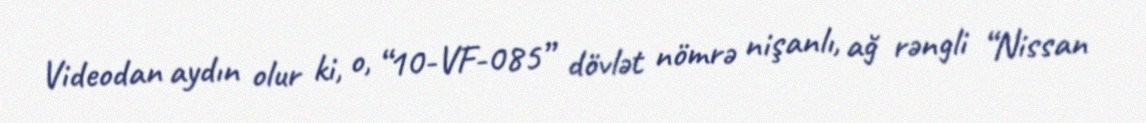
Videodan aydın olur ki, o, “10-VF-085” dövlət nömrə nişanlı, ağ rəngli “Nissan